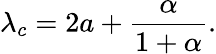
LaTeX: \lambda_{c}=2a+\frac{\alpha}{1+\alpha}.